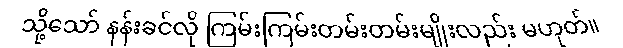
သို့သော် နန်းခင်လို ကြမ်းကြမ်းတမ်းတမ်းမျိုးလည်း မဟုတ်။